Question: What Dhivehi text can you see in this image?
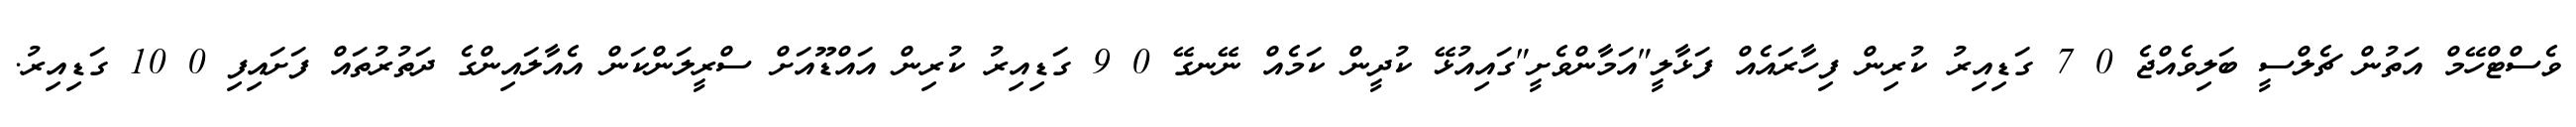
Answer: ވެސްޓްހޭމް އަތުން ޗެލްސީ ބަލިވެއްޖެ 0 7 ގަޑިއިރު ކުރިން ފިހާރައެއް ފަޅާލީ"އަމާންވެށީ"ގައިއުޅޭ ކުދީން ކަމެއް ނޭނގޭ 0 9 ގަޑިއިރު ކުރިން އައްޑޫއަށް ސްރީލަންކަން އެއާލައިންގެ ދަތުރުތައް ފަށައިފި 0 10 ގަޑިއިރު.